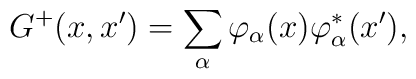
G^{+}(x,x^{\prime })=\sum_{\alpha }\varphi _{\alpha }(x)\varphi _{\alpha}^{\ast }(x^{\prime }),